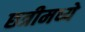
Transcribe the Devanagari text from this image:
छत्रीमध्ये